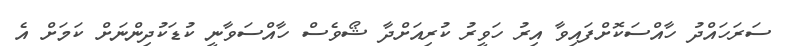
ސަރަހައްދު ހާއްސަކޮށްފައިވާ އިރު ހަވީރު ކުރިއަށްދާ ޝޯވެސް ހާއްސަވާނީ ކުޑަކުދިންނަށް ކަމަށް އެ